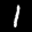
Label: 1